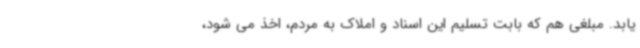
یابد. مبلغی هم که بابت تسلیم این اسناد و املاک به مردم، اخذ می شود،